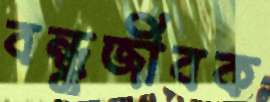
বন্ধুজীবক